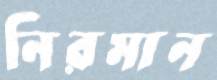
নিরমান